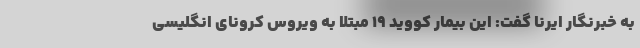
به خبرنگار ایرنا گفت: این بیمار کووید ۱۹ مبتلا به ویروس کرونای انگلیسی